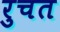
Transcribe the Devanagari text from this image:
रुचत